Report on vaccination in the Province of Bengal - 1874-1889
Year: 1874
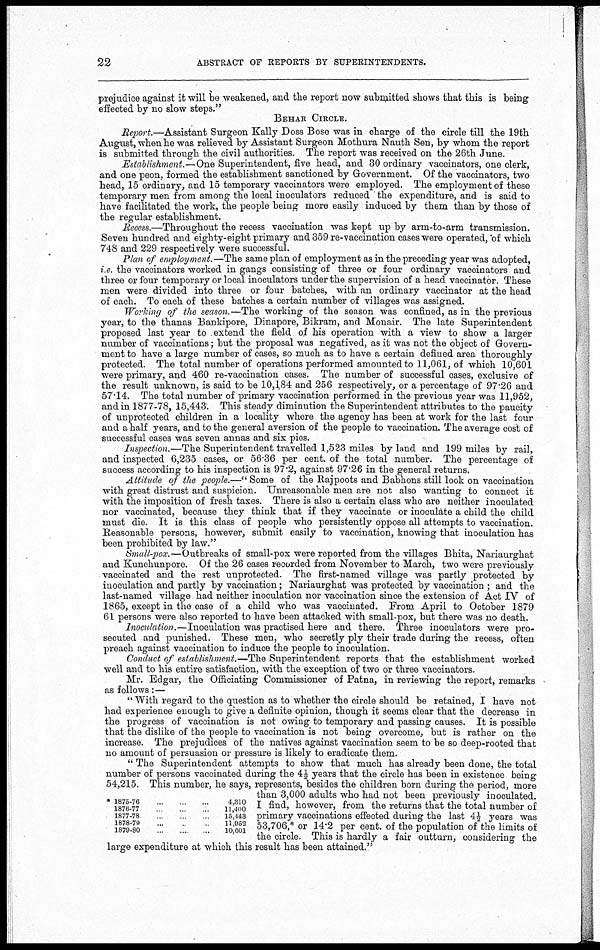
22
ABSTRACT OF REPORTS BY SUPERINTENDENTS.
prejudice against it will be weakened, and the report now submitted shows that this is being
effected by no slow steps."
BEHAR CIRCLE.
Report.—Assistant Surgeon Kally Doss Bose was in charge of the circle till the 19th
August,when he was relieved by Assistant Surgeon Mothura Nauth Sen, by whom the report
is submitted through the civil authorities. The report was received on the 26th June.
Establishment.—One Superintendent, five head, and 30 ordinary vaccinators, one clerk,
and one peon, formed the establishment sanctioned by Government. Of the vaccinators, two
head, 15 ordinary, and 15 temporary vaccinators were employed. The employment of these
temporary men from among the local inoculators reduced the expenditure, and is said to
have facilitated the work, the people being more easily induced by them than by those of
the regular establishment.
Recess.—Throughout the recess vaccination was kept up by arm-to-arm transmission.
Seven hundred and eighty-eight primary and 359 re-vaccination cases were operated, of which
748 and 229 respectively were successful.
Plan of employment.—The same plan of employment as in the preceding year was adopted,
i e. the vaccinators worked in gangs consisting of three or four ordinary vaccinators and
three or four temporary or local inoculators under the supervision of a head vaccinator. These
men were divided into three or four batches, with an ordinary vaccinator at the head
of each. To each of these batches a certain number of villages was assigned.
Working of the season.—The working of the season was confined, as in the previous
year, to the thanas Bankipore, Dinapore, Bikram, and Monair. The late Superintendent
proposed last year to extend the field of his operation with a view to show a larger
number of vaccinations; but the proposal was negatived, as it was not the object of Govern-
ment to have a large number of cases, so much as to have a certain defined area thoroughly
protected. The total number of operations performed amounted to 11,061, of which 10,601
were primary, and 460 re-vaccination cases. The number of successful cases, exclusive of
the result unknown, is said to be 10,184 and 256 respectively, or a percentage of 97.26 and
57.14. The total number of primary vaccination performed in the previous year was 11,952,
and in 1877-78, 15,443. This steady diminution the Superintendent attributes to the paucity
of unprotected children in a locality where the agency has been at work for the last four
and a half years, and to the general aversion of the people to vaccination. The average cost of
successful cases was seven annas and six pies.
Inspection.—The Superintendent travelled 1,523 miles by land and 199 miles by rail,
and inspected 6,235 cases, or 56.36 per cent. of the total number. The percentage of
success according to his inspection is 97.2, against 97.26 in the general returns.
Attitude of the people.—" Some of the Rajpoots and Babhons still look on vaccination
with great distrust and suspicion. Unreasonable men are not also wanting to connect it
with the imposition of fresh taxes. There is also a certain class who are neither inoculated
nor vaccinated, because they think that if they vaccinate or inoculate a child the child
must die. It is this class of people who persistently oppose all attempts to vaccination.
Reasonable persons, however, submit easily to vaccination, knowing that inoculation has
been prohibited by law."
Small-pox.—Outbreaks of small-pox were reported from the villages Bhita, Nariaurghat
and Kunchunpore. Of the 26 cases recorded from November to March, two were previously
vaccinated and the rest unprotected. The first-named village was partly protected by
inoculation and partly by vaccination; Nariaurghat was protected by vaccination ; and the
last-named village had neither inoculation nor vaccination since the extension of Act IV of
1865, except in the case of a child who was vaccinated. From April to October 1879
61 persons were also reported to have been attacked with small-pox, but there was no death.
Inoculation.—Inoculation was practised here and there. Three inoculators were pro-
secuted and punished. These men, who secretly ply their trade during the recess, often
preach against vaccination to induce the people to inoculation.
Conduct of establishment.—The Superintendent reports that the establishment worked
well and to his entire satisfaction, with the exception of two or three vaccinators.
Mr. Edgar, the Officiating Commissioner of Patna, in reviewing the report, remarks
as follows:—
" With regard to the question as to whether the circle should be retained, I have not
had experience enough to give a definite opinion, though it seems clear that the decrease in
the progress of vaccination is not owing to temporary and passing causes. It is possible
that the dislike of the people to vaccination is not being overcome, but is rather on the
increase. The prejudices of the natives against vaccination seem to be so deep-rooted that
no amount of persuasion or pressure is likely to eradicate them.
" The Superintendent attempts to show that much has already been done, the total
number of persons vaccinated during the 4½ years that the circle has been in existence being
54,215. This number, he says, represents, besides the children born during the period, more
than 3,000 adults who had not been previously inoculated.
I find, however, from the returns that the total number of
primary vaccinations effected during the last 4½ years was
53,706,* or 14.2 per cent. of the population of the limits of
the circle. This is hardly a fair outturn, considering the
large expenditure at which this result has been attained."
* 1875-76 ... ... ...
1876-77 ... ... ...
1877-78 ... ... ...
1878-79 ... ... ...
1879-80 ... ... ...
4,310
11,400
15,443
11,952
10,601